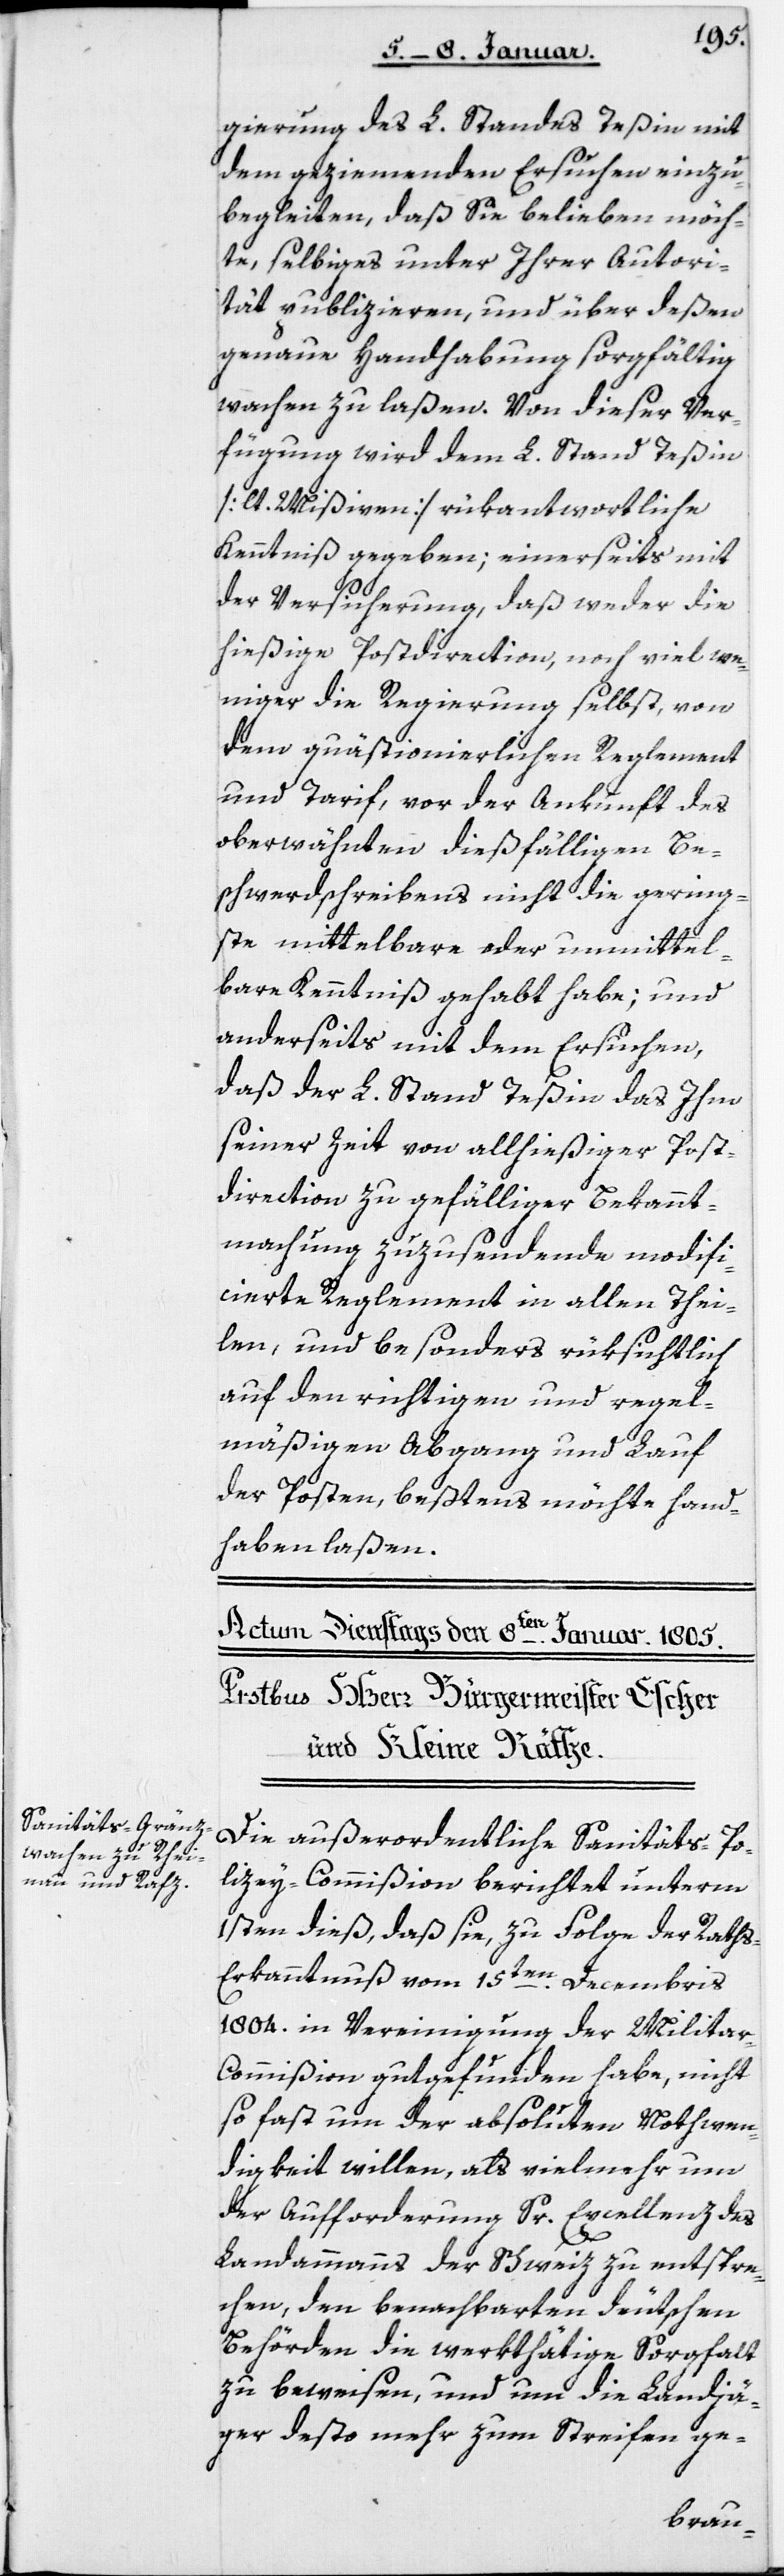
gierung des L. Standes Teßin mit
dem geziemenden Ersuchen einzu¬
begleiten, daß sie belieben möch¬
te, selbiges unter Ihrer Autori¬
tät publizieren, und über deßen
genaue Handhabung sorgfältig
wachen zu laßen. Von dieser Ver¬
fügung wird dem L. Stand Teßin
[lt. Mißiven] rükantwortliche
Kenntniß gegeben; einerseits mit
der Versicherung, daß weder die
hießige Postdirection, noch viel we¬
niger die Regierung selbst, von
dem quästionierlichen Reglement
und Tarif, vor der Ankunft des
oberwähnten dießfälligen Be¬
schwerdschreibens nicht die gering¬
ste mittelbare oder unmittel¬
bare Kenntniß gehabt habe; und
anderseits mit dem Ersuchen,
daß der L. Stand Teßin das ihm
seiner Zeit von allhießiger Post¬
direction zu gefälliger Bekannt¬
machung zu zusendende modifi¬
cierte Reglement in allen Thei¬
len und besonders rüksichtlich
auf den richtigen und regel¬
mäßigen Abgang und Lauf
der Posten, bestens möchte hand¬
haben laßen.
Die außerordentliche Sanitäts-Po¬
lizey-Commißion berichtet unterm
1sten dieß, daß sie, zu Folge der Raths-E¬
rkanntnuß vom 15ten Decembris
1804 in Vereinigung der Milita¬
r-Commißion gutgefunden habe, nicht
so fast um der absoluten Nothwen¬
digkeit willen, als vielmehr um
der Aufforderung Sr Excellenz des
Landammanns der Schweiz zu entspre¬
chen, den benachbarten deutschen
Behörden die werkthätige Sorgfalt
zu beweisen, und um die Landjä¬
ger desto mehr zum Streifen ge-